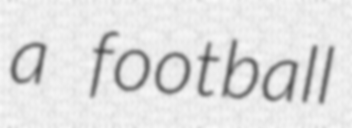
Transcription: a football